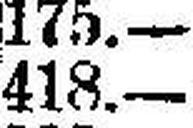
418.—